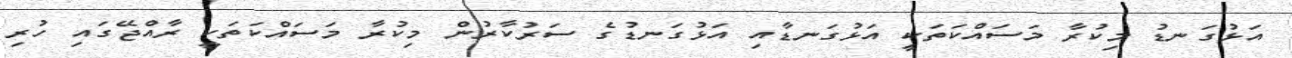
އަޅުގަނޑު މިކުރާ މަސައްކަތަކީ އަޅުގަނޑާއި އަޅުގަނޑުގެ ސަރުކާރުން މިކުރާ މަސައްކަތަކީ ރާއްޖޭގައި ހުރި